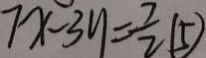
7 x - 3 y = \frac { 7 } { 2 } ( 5 )